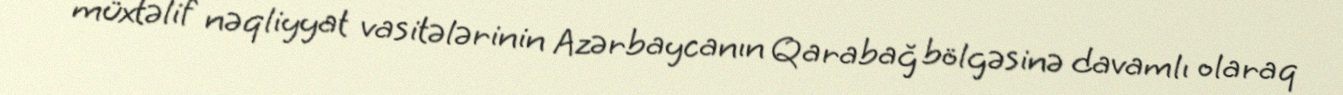
müxtəlif nəqliyyat vasitələrinin Azərbaycanın Qarabağ bölgəsinə davamlı olaraq